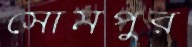
সোমপুর